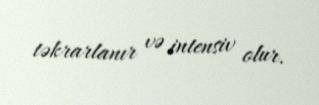
təkrarlanır və intensiv olur.